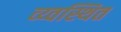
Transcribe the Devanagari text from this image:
व्य्वस्थित